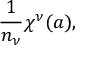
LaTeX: { \frac { 1 } { n _ { \nu } } } \chi ^ { \nu } ( a ) ,